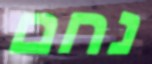
נחם